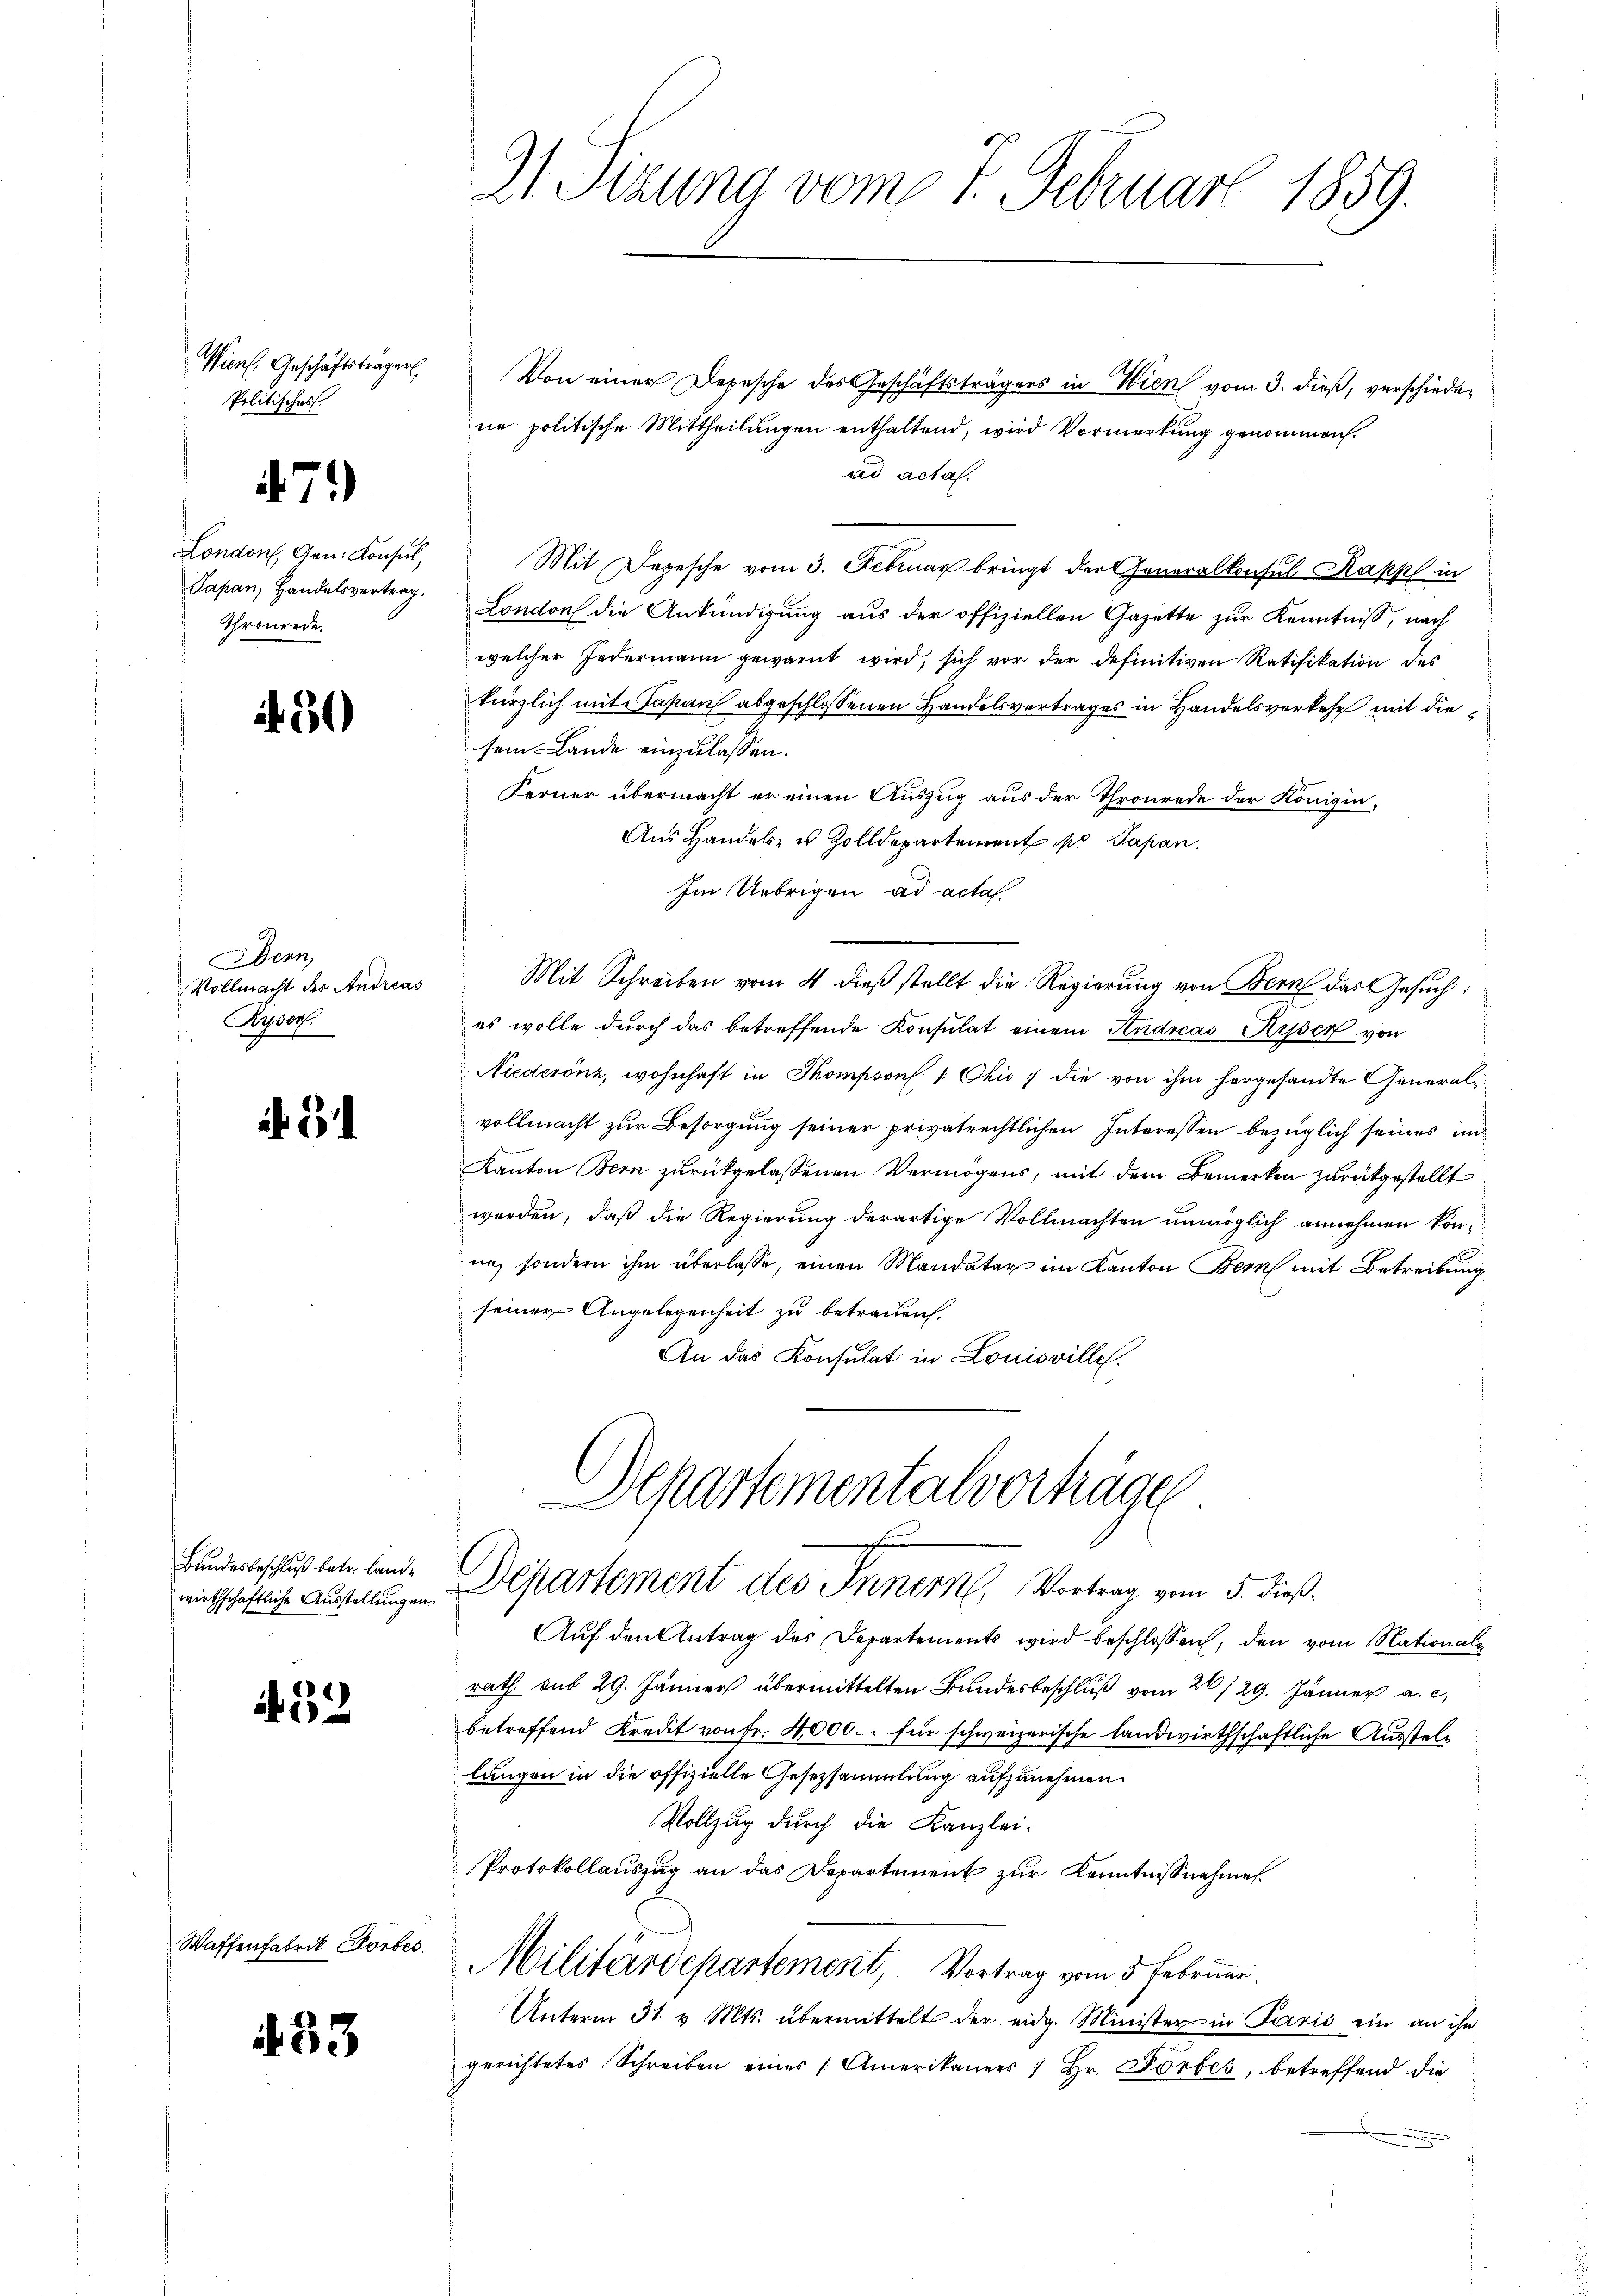
Vienf, Geschäftsträger
Politisches

32

)

71

London, Gen. Konsul,
Japan, Handelsvertrag.
Thronrede.

51

Bern,
Vollmacht des Andreas
Ryser.

5

Bundesbeschluß betr. Land¬

.33

Taffenfabrik Horbes.

31 Sizung vom 7. Februar 1859.

Von einer Depesche des Geschäftsträgers in Wien vom 3. dieß, verschiedene politische Mittheilungen enthaltend, wird Vormerkung genommen.
ad actas.
Mit Depesche vom 3. Februar bringt der Generalkonsul Kappl in
London die Ankündigung aus der offiziellen Gazette zur Kenntniß, nach
welcher Jedermann gewarnt wird, sich vor der definitiven Ratifikation des
kürzlich mit Sapans abgeschlossenen Handelsvertrages in Handelsverkehr mit die
sem Lande einzulassen.
Ferner übermacht er einen Auszug aus der Thronrede der Königin,
Aŭs Handel u. Zolldepartement pr. Papan
Im Uebrigen ad acta
Mit Schreiben vom 4. dieβ stellt die Regierung von Bern das Gesuch:
es wolle durch das betreffende Konsulat einem Andreas Ausser von
Niederönz, wohnhaft in Thompson 1 Ohio ; die von ihm hergesandte Generalvollmacht zur Besorgung seiner privatrechtlichen Interessen bezüglich seines un¬
Kanton Bern zurückgelassenen Vermögens, mit dem Bemerken zurückgestellt
worden, daß die Regierung derartige Vollmachten unmöglich annehmen könne, sondern ihm überlasse, einen Mandatar im Kanton Bern mit Betreibung
seiner Angelegenheit zu betrauen.
An das Konsulat in Louisville.

Schartementalvorträge
.
wirtschaftliche Ausstellungen Departement des Innern, Vortrag vom 5. dieß.

Auf den Antrag des Departements wird beschlossen, den vom Nationale
rath sub 29. Jänner übermittelten Bundesbeschluß vom 26./29. Jänner a. c.
betreffend Kredit von fr. 4000.- für schweizerische Landwirthschaftliche Ausstellungen in die offizielle Gesetzsammlung aufzunehmen.
Vollzug durch die Kanzlei-
Protokollauszug an das Departement zur Kenntnißnahmen.
Militärdepartement, Vortrag vom 5. Februar.
Unterm 31. v. Mts. übermittelt der eidg. Minister in Paris ein an ihn
gerichtetes Schreiben eines Amerikaners 1 Hr. Förbes, betreffend die